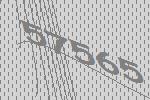
57565